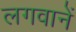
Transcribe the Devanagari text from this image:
लगवानें